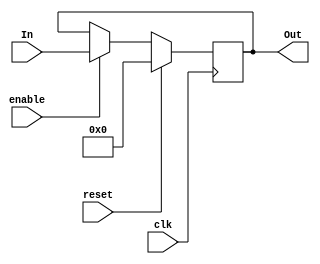
`timescale 1ns / 1ps
//////////////////////////////////////////////////////////////////////////////////
// Company: 
// Engineer: 
// 
// Design Name: 
// Module Name:    DFF 
// Project Name: 
// Target Devices: 
// Tool versions: 
// Description: 
//
// Dependencies: 
//
// Revision: 
// Revision 0.01 - File Created
// Additional Comments: 
//
//////////////////////////////////////////////////////////////////////////////////
module DFF(
    input [3:0] In,
    output reg [3:0] Out,
    input enable,
    input clk,
    input reset
    );

	 always @(posedge clk)
	 begin
		if(reset)
			Out = 4'b0000;
		else if(enable)
			Out = In;		
	 end

endmodule